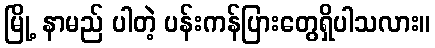
မြို့ နာမည် ပါတဲ့ ပန်းကန်ပြားတွေရှိပါသလား။